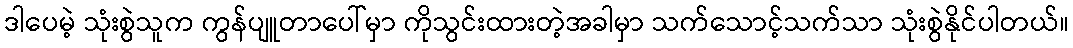
ဒါပေမဲ့ သုံးစွဲသူက ကွန်ပျူတာပေါ်မှာ ကိုသွင်းထားတဲ့အခါမှာ သက်သောင့်သက်သာ သုံးစွဲနိုင်ပါတယ်။